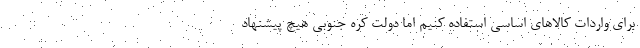
برای واردات کالاهای اساسی استفاده کنیم اما دولت کره جنوبی هیچ پیشنهاد